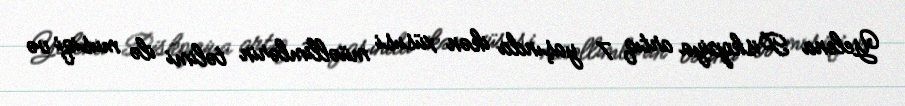
Yelena Piskopiya artıq 7 yaşında ikən xüsusi müəllimlərin təlimi ilə musiqi və